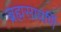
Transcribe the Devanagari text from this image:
ब्रह्मसावर्णि